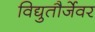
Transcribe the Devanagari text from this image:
विद्युतौर्जेवर